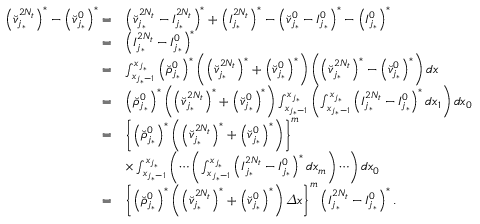
\begin{array} { r l } { \left( \breve { v } _ { j _ { * } } ^ { 2 N _ { t } } \right) ^ { * } - \left( \breve { v } _ { j _ { * } } ^ { 0 } \right) ^ { * } = } & { { \left( \breve { v } _ { j _ { * } } ^ { 2 N _ { t } } - I _ { j _ { * } } ^ { 2 N _ { t } } \right) ^ { * } } + \left( I _ { j _ { * } } ^ { 2 N _ { t } } \right) ^ { * } - { \left( \breve { v } _ { j _ { * } } ^ { 0 } - I _ { j _ { * } } ^ { 0 } \right) ^ { * } } - \left( I _ { j _ { * } } ^ { 0 } \right) ^ { * } } \\ { = } & { \left( I _ { j _ { * } } ^ { 2 N _ { t } } - I _ { j _ { * } } ^ { 0 } \right) ^ { * } } \\ { = } & { \int _ { x _ { j _ { * } - 1 } } ^ { x _ { j _ { * } } } \left( \breve { \rho } _ { j _ { * } } ^ { 0 } \right) ^ { * } \left( \left( \breve { v } _ { j _ { * } } ^ { 2 N _ { t } } \right) ^ { * } + \left( \breve { v } _ { j _ { * } } ^ { 0 } \right) ^ { * } \right) \left( \left( \breve { v } _ { j _ { * } } ^ { 2 N _ { t } } \right) ^ { * } - \left( \breve { v } _ { j _ { * } } ^ { 0 } \right) ^ { * } \right) d x } \\ { = } & { \left( \breve { \rho } _ { j _ { * } } ^ { 0 } \right) ^ { * } \left( \left( \breve { v } _ { j _ { * } } ^ { 2 N _ { t } } \right) ^ { * } + \left( \breve { v } _ { j _ { * } } ^ { 0 } \right) ^ { * } \right) \int _ { x _ { j _ { * } - 1 } } ^ { x _ { j _ { * } } } \left( \int _ { x _ { j _ { * } - 1 } } ^ { x _ { j _ { * } } } \left( I _ { j _ { * } } ^ { 2 N _ { t } } - I _ { j _ { * } } ^ { 0 } \right) ^ { * } d x _ { 1 } \right) d x _ { 0 } } \\ { = } & { \left\{ \left( \breve { \rho } _ { j _ { * } } ^ { 0 } \right) ^ { * } \left( \left( \breve { v } _ { j _ { * } } ^ { 2 N _ { t } } \right) ^ { * } + \left( \breve { v } _ { j _ { * } } ^ { 0 } \right) ^ { * } \right) \right\} ^ { m } } \\ & { \times \int _ { x _ { j _ { * } - 1 } } ^ { x _ { j _ { * } } } \left( \cdots \left( \int _ { x _ { j _ { * } - 1 } } ^ { x _ { j _ { * } } } \left( I _ { j _ { * } } ^ { 2 N _ { t } } - I _ { j _ { * } } ^ { 0 } \right) ^ { * } d x _ { m } \right) \cdots \right) d x _ { 0 } } \\ { = } & { \left\{ \left( \breve { \rho } _ { j _ { * } } ^ { 0 } \right) ^ { * } \left( \left( \breve { v } _ { j _ { * } } ^ { 2 N _ { t } } \right) ^ { * } + \left( \breve { v } _ { j _ { * } } ^ { 0 } \right) ^ { * } \right) { \varDelta } x \right\} ^ { m } \left( I _ { j _ { * } } ^ { 2 N _ { t } } - I _ { j _ { * } } ^ { 0 } \right) ^ { * } . } \end{array}